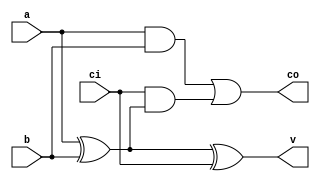
module add_full_1(co,v,a,b,ci);
    output co, v;
    input  a, b, ci;
    wire   add1, c1, c2;
    xor x1(add1, a, b);
    xor x2(v, add1, ci);
    and a1(c1, a, b);
    and a2(c2, ci, add1);
    or  o1(co, c1, c2);
endmodule



module add_full_4(co,s,a,b,ci);
    output co;
    reg co;
    output [3:0] s;
    reg [3:0] s;
    input ci;
    input [3:0] a, b;
    reg   [3:0] G, P;
    reg   [2:0] C;
    always @(a, b, ci)
    begin
    P[0] = a[0] ^ b[0];
    P[1] = a[1] ^ b[1];
    P[2] = a[2] ^ b[2];
    P[3] = a[3] ^ b[3];
    
    G[0] = a[0] & b[0];
    G[1] = a[1] & b[1];
    G[2] = a[2] & b[2];
    G[3] = a[3] & b[3];

    C[0] = G[0] | (P[0]&ci);
    C[1] = G[1] | (P[1]&G[0]) | (P[1]&P[0]&ci);
    C[2] = G[2] | (P[2]&G[1]) | (P[2]&P[1]&G[0]) | (P[2]&P[1]&P[0]&ci);
    co   = G[3] | (P[3]&G[2]) | (P[3]&P[2]&G[1]) | (P[3]&P[2]&P[1]&G[0]) | (P[3]&P[2]&P[1]&P[0]&ci);

    s[0] = P[0] ^ ci;
    s[1] = P[1] ^ C[0];
    s[2] = P[2] ^ C[1];
    s[3] = P[3] ^ C[2];
    end
endmodule